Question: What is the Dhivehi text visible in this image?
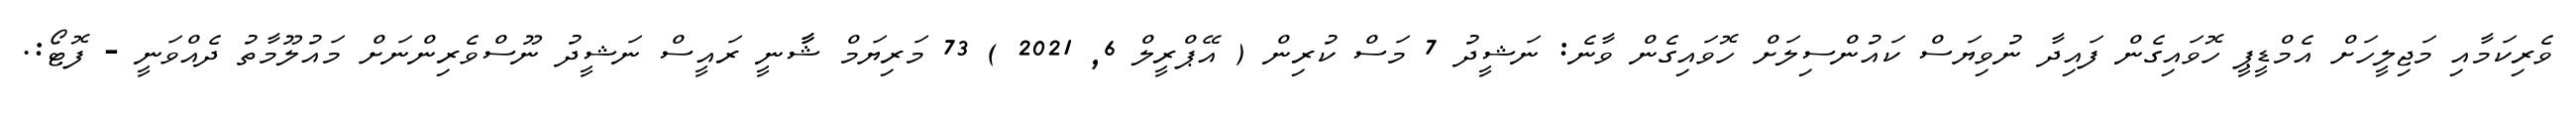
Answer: ވެރިކަމާއި މަޖިލީހަށް އެމްޑީޕީ ހޮވައިގެން ފައިދާ ނުވިޔަސް ކައުންސިލަށް ހޮވައިގެން ވާނެ: ނަޝީދު 7 މަސް ކުރިން ( އޭޕްރީލް 6, 2021 ) 73 މަރިޔަމް ޝާާނީ ރައީސް ނަޝީދު ނޫސްވެރިންނަށް މައުލޫމާތު ދެއްވަނީ - ފޮޓޯ:.